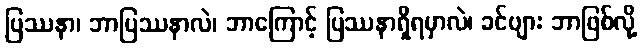
ပြဿနာ၊ ဘာပြဿနာလဲ၊ ဘာကြောင့် ပြဿနာရှိရမှာလဲ၊ ခင်ဗျား ဘာဖြစ်လို့